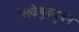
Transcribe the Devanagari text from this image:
वेलकेष़ुकुट्टुवन